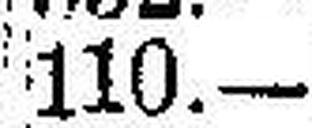
110.—